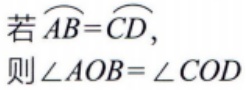
若\(\overset{\frown}{AB}=\overset{\frown}{CD}\)，
则\(\angle AOB = \angle COD\)